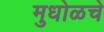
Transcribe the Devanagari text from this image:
मुधोळचे